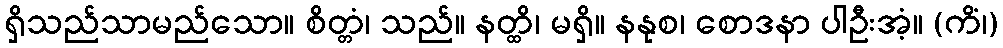
ရှိသည်သာမည်သော။ စိတ္တံ၊ သည်။ နတ္ထိ၊ မရှိ။ နနုစ၊ စောဒနာ ပါဦးအံ့။ (ကိံ၊)